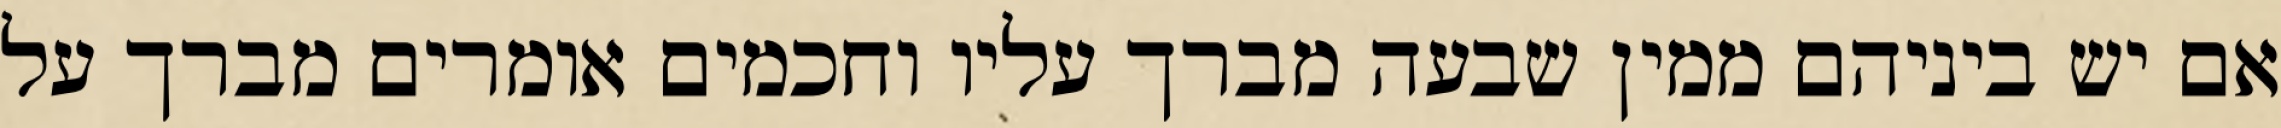
אם יש ביניהם ממין שבעה מברך עליו וחכמים אומרים מברך על